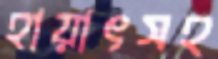
হায়াৎসহ